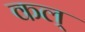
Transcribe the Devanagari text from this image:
कल्‌